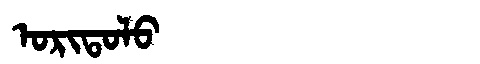
Manchu: ᠣᡵᡳᡨᠣᠯᠣ
Romanization: ORITOLO